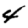
Digit: 4